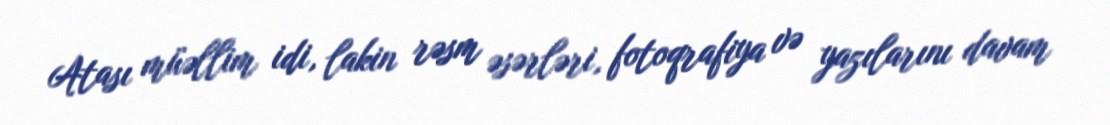
Atası müəllim idi, lakin rəsm əsərləri, fotoqrafiya və yazılarını davam